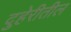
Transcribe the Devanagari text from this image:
दुहेरीतील